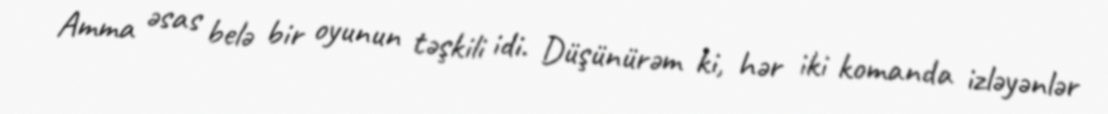
Amma əsas belə bir oyunun təşkili idi. Düşünürəm ki, hər iki komanda izləyənlər